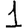
Digit: 1